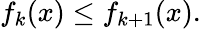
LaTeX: f_{k}(x)\leq f_{k+1}(x).